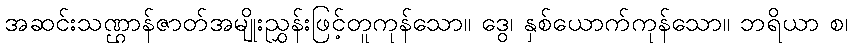
အဆင်းသဏ္ဌာန်ဇာတ်အမျိုးညွှန်းဖြင့်တူကုန်သော။ ဒွေ၊ နှစ်ယောက်ကုန်သော။ ဘရိယာ စ၊